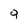
Character: 9